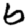
Digit: 6